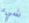
شيء